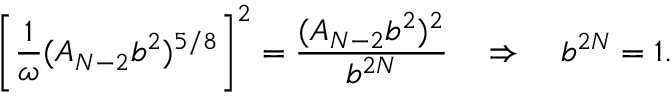
\left[ \frac { 1 } { \omega } ( A _ { N - 2 } b ^ { 2 } ) ^ { 5 / 8 } \right] ^ { 2 } = \frac { ( A _ { N - 2 } b ^ { 2 } ) ^ { 2 } } { b ^ { 2 N } } \quad \Rightarrow \quad b ^ { 2 N } = 1 .